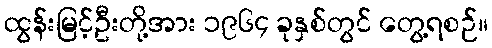
ထွန်းမြင့်ဦးတို့အား ၁၉၆၄ ခုနှစ်တွင် တွေ့ရစဉ်။